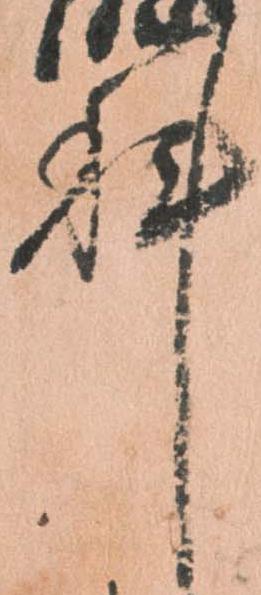
科